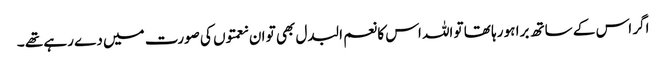
اگر اس کے ساتھ برا ہو رہا تھا تو اللہ اس کا نعم البدل بھی تو ان نعمتوں کی صورت میں دے رہے تھے ۔